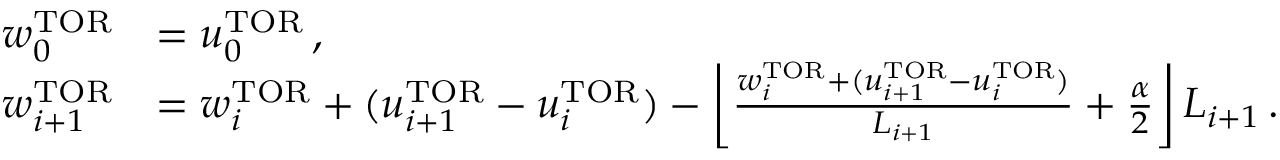
\begin{array} { r l } { w _ { 0 } ^ { \mathrm { T O R } } } & { = u _ { 0 } ^ { \mathrm { T O R } } \, , } \\ { w _ { i + 1 } ^ { \mathrm { T O R } } } & { = w _ { i } ^ { \mathrm { T O R } } + ( u _ { i + 1 } ^ { \mathrm { T O R } } - u _ { i } ^ { \mathrm { T O R } } ) - \left\lfloor \frac { w _ { i } ^ { \mathrm { T O R } } + ( u _ { i + 1 } ^ { \mathrm { T O R } } - u _ { i } ^ { \mathrm { T O R } } ) } { L _ { i + 1 } } + \frac { \alpha } { 2 } \right\rfloor L _ { i + 1 } \, . } \end{array}